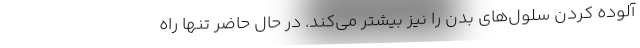
آلوده کردن سلول‌های بدن را نیز بیشتر می‌کند. در حال حاضر تنها راه